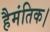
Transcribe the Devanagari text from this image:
हैमंतिक।